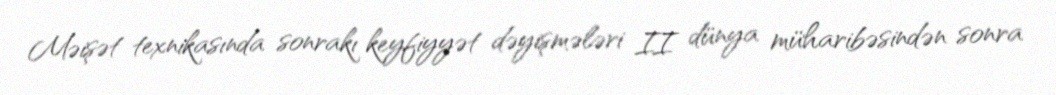
Məişət texnikasında sonrakı keyfiyyət dəyişmələri II dünya müharibəsindən sonra